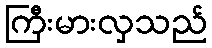
ကြီးမားလှသည်